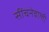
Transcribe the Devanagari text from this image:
सींचनेवाली